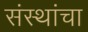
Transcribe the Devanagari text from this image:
संस्‍थांचा